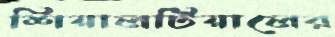
শিয়ালটিয়ালের